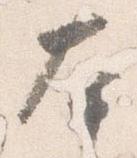
本